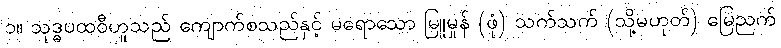
၁။ သုဒ္ဓပထဝီဟူသည် ကျောက်စသည်နှင့် မရောသော မြူမှုန် (ဖုံ) သက်သက် (သို့မဟုတ်) မြေညက်